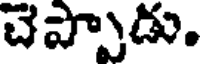
చెప్పాడు.